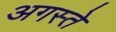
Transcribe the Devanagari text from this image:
अगस्ते